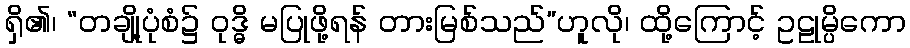
ရှိ၏၊ “တချို့ပုံစံ၌ ဝုဒ္ဓိ မပြုဖို့ရန် တားမြစ်သည်”ဟူလို၊ ထို့ကြောင့် ဥဠုမ္ပိကော